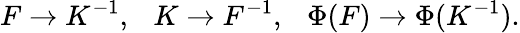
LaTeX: F\to K^{-1},\ \ \ K\to F^{-1},\ \ \ \Phi(F)\to\Phi(K^{-1}).